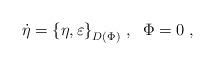
LaTeX: \begin{align*}\dot{\eta}=\left\{ \eta ,\varepsilon \right\} _{D(\Phi )}\,,\;\;\Phi =0\;,\end{align*}